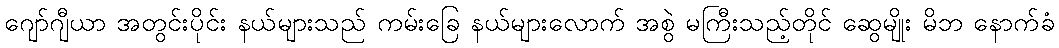
ဂျော်ဂျီယာ အတွင်းပိုင်း နယ်များသည် ကမ်းခြေ နယ်များလောက် အစွဲ မကြီးသည့်တိုင် ဆွေမျိုး မိဘ နောက်ခံ